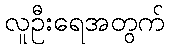
လူဦးရေအတွက်